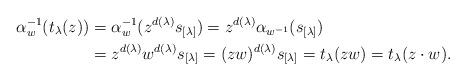
LaTeX: \begin{align*}\alpha_{w}^{-1}(t_\lambda(z))&= \alpha_{w}^{-1}(z^{d(\lambda)}s_{[\lambda]})= z^{d(\lambda)}\alpha_{ w^{-1} }(s_{[\lambda]})\\&= z^{d(\lambda)}w^{d(\lambda)}s_{[\lambda]}=(zw)^{d(\lambda)}s_{[\lambda]}=t_\lambda(zw)=t_\lambda(z\cdot w).\end{align*}